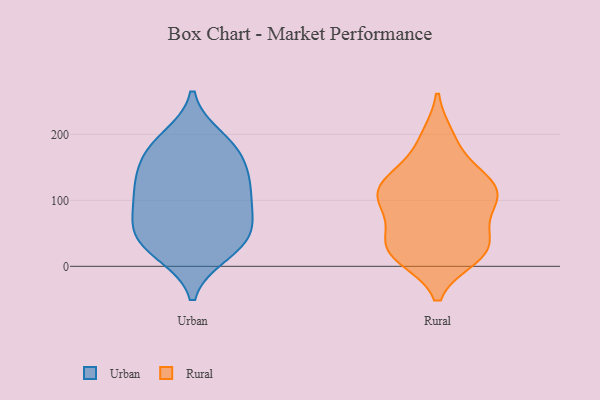
{"axis": {"x": "LTV (USD)", "y": "Value"}, "legend": ["Rural", "Urban"], "data": [{"x": "", "y": 38, "type": "Urban"}, {"x": "", "y": 82, "type": "Urban"}, {"x": "", "y": 92, "type": "Urban"}, {"x": "", "y": 182, "type": "Urban"}, {"x": "", "y": 120, "type": "Urban"}, {"x": "", "y": 44, "type": "Urban"}, {"x": "", "y": 25, "type": "Urban"}, {"x": "", "y": 175, "type": "Urban"}, {"x": "", "y": 137, "type": "Urban"}, {"x": "", "y": 55, "type": "Urban"}, {"x": "", "y": 20, "type": "Urban"}, {"x": "", "y": 194, "type": "Urban"}, {"x": "", "y": 118, "type": "Urban"}, {"x": "", "y": 168, "type": "Urban"}, {"x": "", "y": 128, "type": "Urban"}, {"x": "", "y": 68, "type": "Urban"}, {"x": "", "y": 100, "type": "Rural"}, {"x": "", "y": 24, "type": "Rural"}, {"x": "", "y": 17, "type": "Rural"}, {"x": "", "y": 38, "type": "Rural"}, {"x": "", "y": 27, "type": "Rural"}, {"x": "", "y": 131, "type": "Rural"}, {"x": "", "y": 39, "type": "Rural"}, {"x": "", "y": 195, "type": "Rural"}, {"x": "", "y": 104, "type": "Rural"}, {"x": "", "y": 103, "type": "Rural"}, {"x": "", "y": 90, "type": "Rural"}, {"x": "", "y": 127, "type": "Rural"}, {"x": "", "y": 190, "type": "Rural"}, {"x": "", "y": 139, "type": "Rural"}, {"x": "", "y": 74, "type": "Rural"}, {"x": "", "y": 116, "type": "Rural"}, {"x": "", "y": 124, "type": "Rural"}, {"x": "", "y": 15, "type": "Rural"}, {"x": "", "y": 24, "type": "Rural"}]}